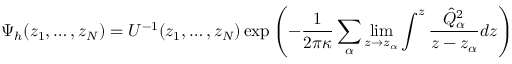
\Psi _ { h } ( z _ { 1 } , \dots , z _ { N } ) = U ^ { - 1 } ( z _ { 1 } , \dots , z _ { N } ) \exp \left( - { \frac { 1 } { 2 \pi \kappa } } \sum _ { \alpha } \operatorname * { l i m } _ { z \rightarrow z _ { \alpha } } \int ^ { z } { \frac { \hat { Q } _ { \alpha } ^ { 2 } } { z - z _ { \alpha } } } d z \right)